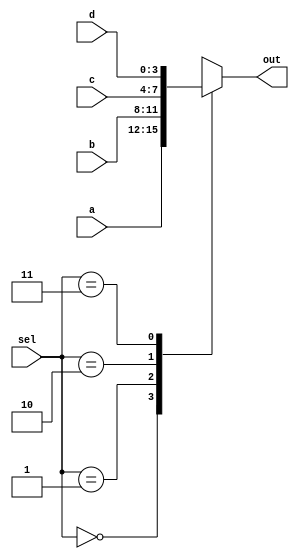
module SevenSegMux(
output reg [0:3] out, 
input [0:3] a, b, c, d, 
input [0:1] sel
);
	 //Simple 4 to 1 Mux that inputs 4 BCD digits and muxes them into BCD to 7seg led encoder, subsequently
always @(sel, a, b, c, d)
case(sel)
	0:	out=a;
	1:	out=b;
	2:	out=c;
	3:	out=d;
default: out=4'bx;
endcase
endmodule